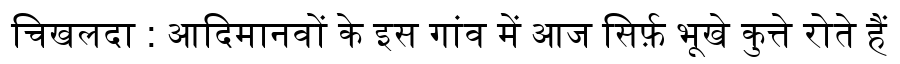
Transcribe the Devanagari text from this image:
चिखलदा : आदिमानवों के इस गांव में आज सिर्फ़ भूखे कुत्ते रोते हैं